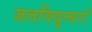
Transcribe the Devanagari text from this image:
जलविद्युत्घरों